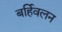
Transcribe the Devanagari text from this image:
बर्हिवलन